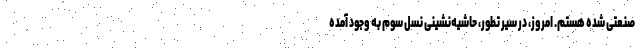
صنعتی شده هستم. امروز، در سیر تطور، حاشیه‌نشینی نسل سوم به وجود آمده